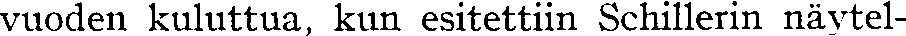
vuoden kuluttua, kun esitettiin Schillerin näyytel-